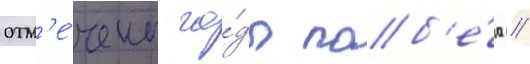
отм'е́чены го́ды поб'е́д //